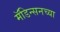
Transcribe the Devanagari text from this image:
मॅडिन्सनच्या